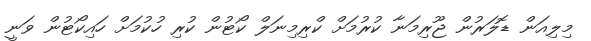
މިލިއަން ޑޮލަރުން ޖޫރިމަނާ ކުރުމަށް ކްރިމިނަލް ކޯޓުން ކުރި ހުކުމަށް ހައިކޯޓުން ވަނީ